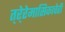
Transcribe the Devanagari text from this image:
त्रे्रेमासिकाचेही